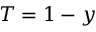
T = 1 - y